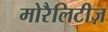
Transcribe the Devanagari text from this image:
मोरैलिटीज़